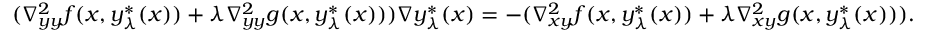
\begin{array} { r } { ( \nabla _ { y y } ^ { 2 } f ( x , y _ { \lambda } ^ { * } ( x ) ) + \lambda \nabla _ { y y } ^ { 2 } g ( x , y _ { \lambda } ^ { * } ( x ) ) ) \nabla y _ { \lambda } ^ { * } ( x ) = - ( \nabla _ { x y } ^ { 2 } f ( x , y _ { \lambda } ^ { * } ( x ) ) + \lambda \nabla _ { x y } ^ { 2 } g ( x , y _ { \lambda } ^ { * } ( x ) ) ) . } \end{array}